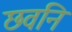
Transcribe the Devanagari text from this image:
छवनि